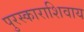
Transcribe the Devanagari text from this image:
पुरस्काराशिवाय